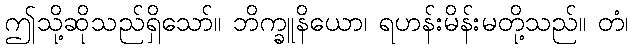
ဤသို့ဆိုသည်ရှိသော်။ ဘိက္ခူနိယော၊ ရဟန်းမိန်းမတို့သည်။ တံ၊